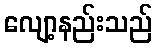
လျော့နည်းသည်